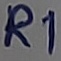
Text: R1